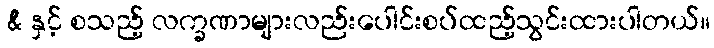
& နှင့် စသည့် လက္ခဏာများလည်းပေါင်းစပ်ထည့်သွင်းထားပါတယ်။